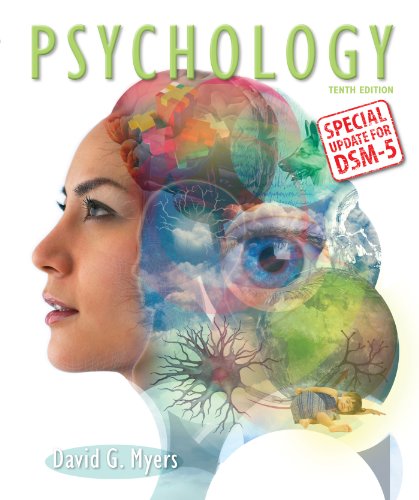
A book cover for Psychology with Updates on DSM-5; David G. Myers; Medical Books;